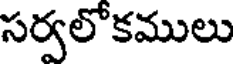
సర్వలో కములు